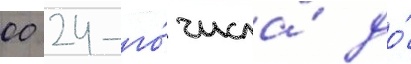
00 24-го́ числа́ до́